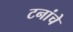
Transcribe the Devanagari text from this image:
टनांचे